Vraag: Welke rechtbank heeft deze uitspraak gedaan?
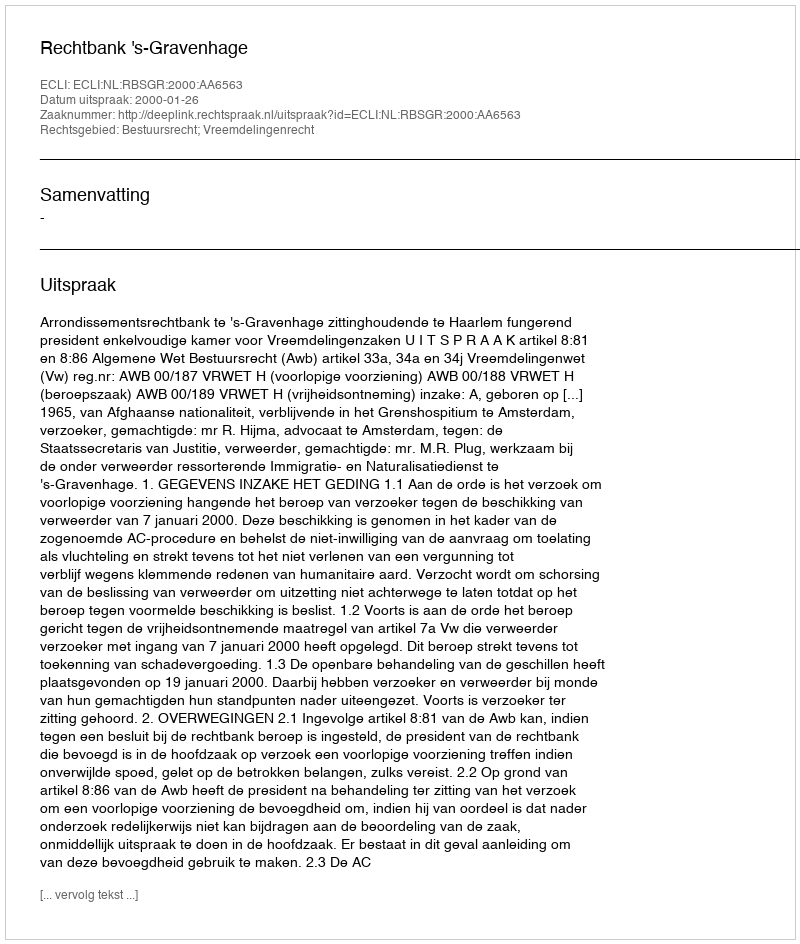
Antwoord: Rechtbank 's-Gravenhage